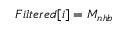
F i l t e r e d [ i ] = M _ { n h b }